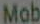
Mob